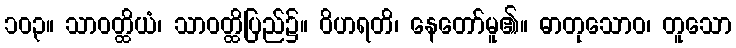
၁၀၃။ သာဝတ္ထိယံ၊ သာဝတ္ထိပြည်၌။ ဝိဟရတိ၊ နေတော်မူ၏။ ဓာတုသောဝ၊ တူသော